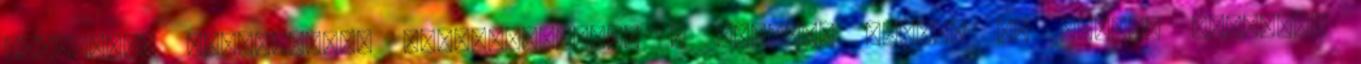
ellátott, megbízható, multifunkciós, . Prémium feeder az Energo Teamtól.